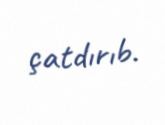
çatdırıb.